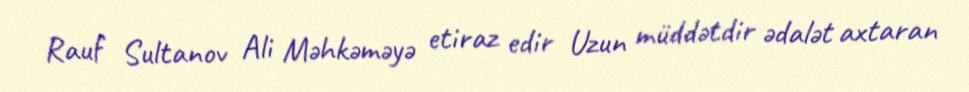
Rauf Sultanov Ali Məhkəməyə etiraz edir Uzun müddətdir ədalət axtaran